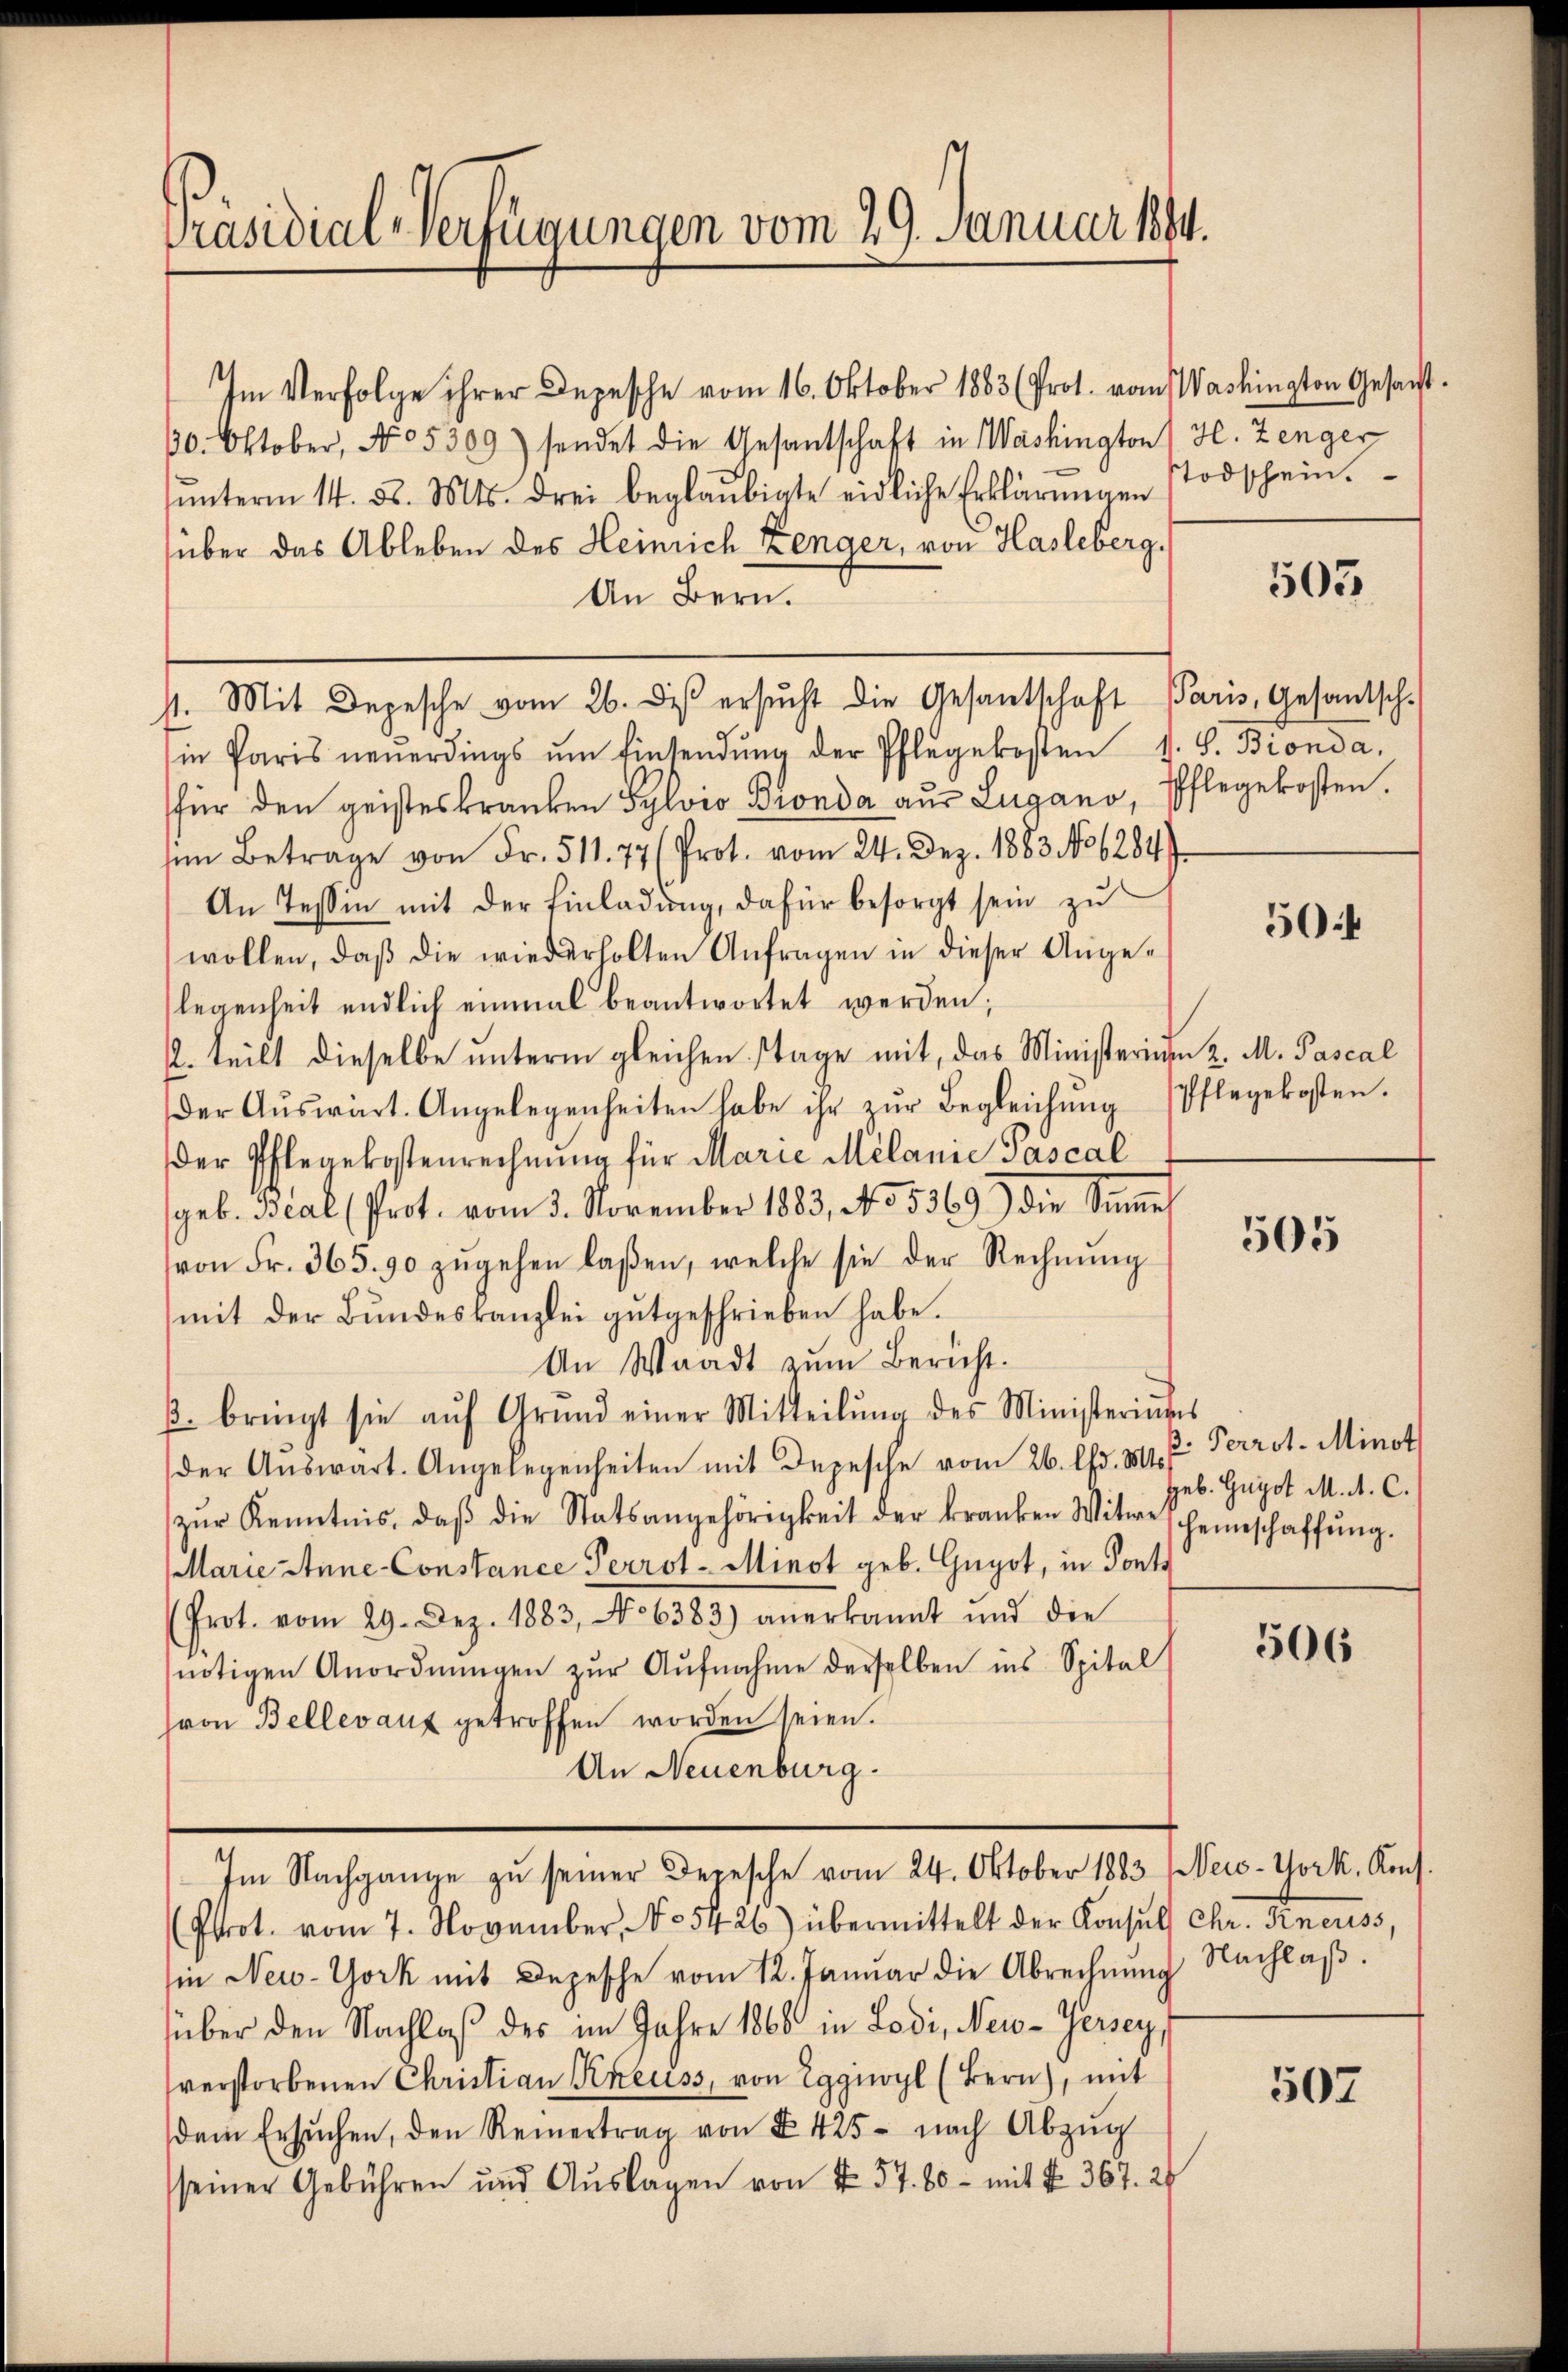
Präsidial-Verfügungen vom 29. Januar 1884.

Im Verfolge ihrer Depesche vom 16. Oktober 1883 (Prot. vom
30. Oktober, No 05309) sendet die Gesantschaft in Washington
ŭnterm 14. d. Mts. drei beglaubigte eidliche Erklärŭngen
über das Ableben des Heinrich Lenger, von Hasleberg.
An Bern.
st. Mit Depesche vom 26. diβ ersŭcht die Gesantschaft Paris, Gesantsch.
in Paris neŭerdings ŭm Einsendŭng der Pflegekosten v. J. Bionda,
für den geisteskranken Sylvio Bronda aus Lugano, Pflegekosten.
sen Betrage von Fr. 511. 77 (Prot. vom 24. Dez. 1883 No 6284)
An Tessin mit der Einladung, dafür besorgt sein zu
wollen, daβ die wiederholten Anfragen in dieser Ange-
legenheit endlich einmal beantwortet werden;
22. teilt dieselbe unterm gleichen Tage mit, das Ministerium 2. M. Pascal
der Aŭswärt. Angelegenheiten habe ihr zŭr Begleichung
der Pflegekostenrechnŭng für Marie Melanie Pascal
geb. Beal (Prot. vom 3. November 1883, No 5369) die Sinnes
von Fr. 365. 90 zŭgehen laßen, welche sie der Rechnŭng
mit der Bŭndeskanzlei gutgeschrieben habe.
An Waadt zum Bericht.
β. bringt sie aŭf Grŭnd einer Mitteilŭng des Ministeriums
der Aŭswart. Angelegenheiten mit Depesche vom 26. lfd. 31 t Perrot. Minot
zŭr Kenntnis, daβ die Statsangehörigkeit der kranken Witwe scheinschaffŭng.
llarie Anne-Constance Perrot- Minot geb. Gugot, in Pont
Prot. vom 29. Dez. 1883, No 6383) anerkannt und die
nötigen Anordnŭngen zŭr Aŭfnahme derselben ins Spital
hron Bellerauf getroffen worden seien.
An Neuenburg.
Im Nachgange zu seiner Depesche vom 24. Oktober 1883 (New-York, Kons.
(Prot. vom 7. November, No 5426) übermittelt der Konsuls Chr. Dineriss,
in New-York mit Depesche vom 12. Januar die Abrechnŭng Nachlaβ.
über den Nachlaß des im Jahre 1866 in Lodi, New-Jersey,
verstorbenen Christian Kreuss, von Eggwyl (Bern), mit
dem Ersŭchen, den Reinertrag von § 425 nach Abzŭg
seiner Gebühren und Auslagen von N. 57. 80 - mit N. 367. 27

Washington Gesant.
H. Zenger
stodschein.

505

50

Pflegekosten.

505

geb. Gugot M. A. C.

506

507